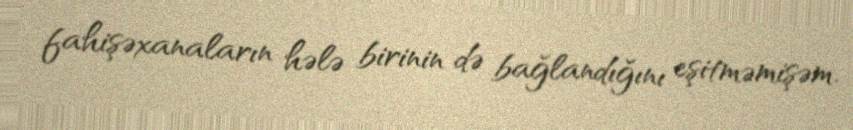
fahişəxanaların hələ birinin də bağlandığını eşitməmişəm.